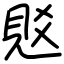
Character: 覐